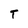
Character: T